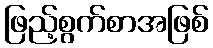
ဖြည့်စွက်စာအဖြစ်